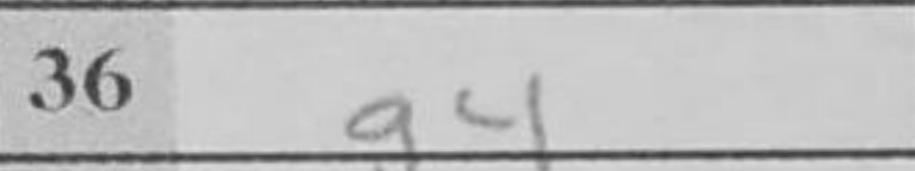
Transcription: g4